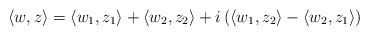
\begin{align*} \left\langle w,z\right\rangle &= \left\langle w_1,z_1\right\rangle + \left\langle w_2,z_2\right\rangle + i\left(\left\langle w_1,z_2\right\rangle - \left\langle w_2,z_1\right\rangle\right) \end{align*}